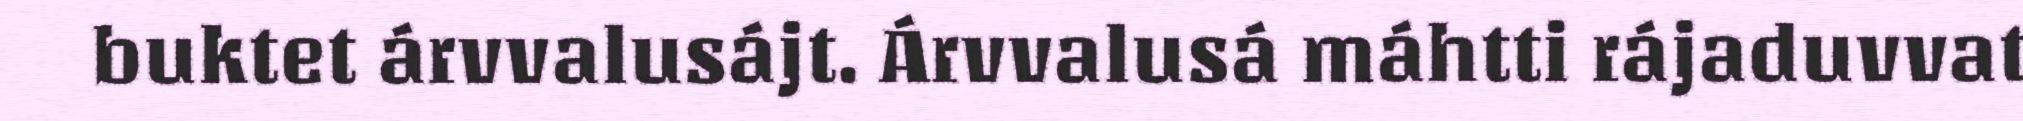
buktet árvvalusájt. Árvvalusá máhtti rájaduvvat